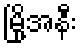
မြို့အနီး